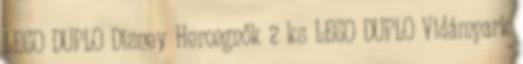
LEGO DUPLO Disney Hercegnők 2 ks LEGO DUPLO Vidámpark